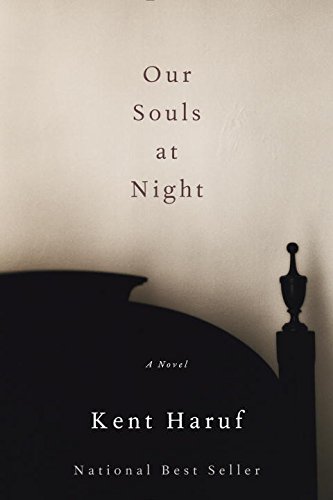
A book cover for Our Souls at Night: A novel; Kent Haruf; Romance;